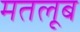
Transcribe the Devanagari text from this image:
मतलूब